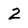
Character: 2